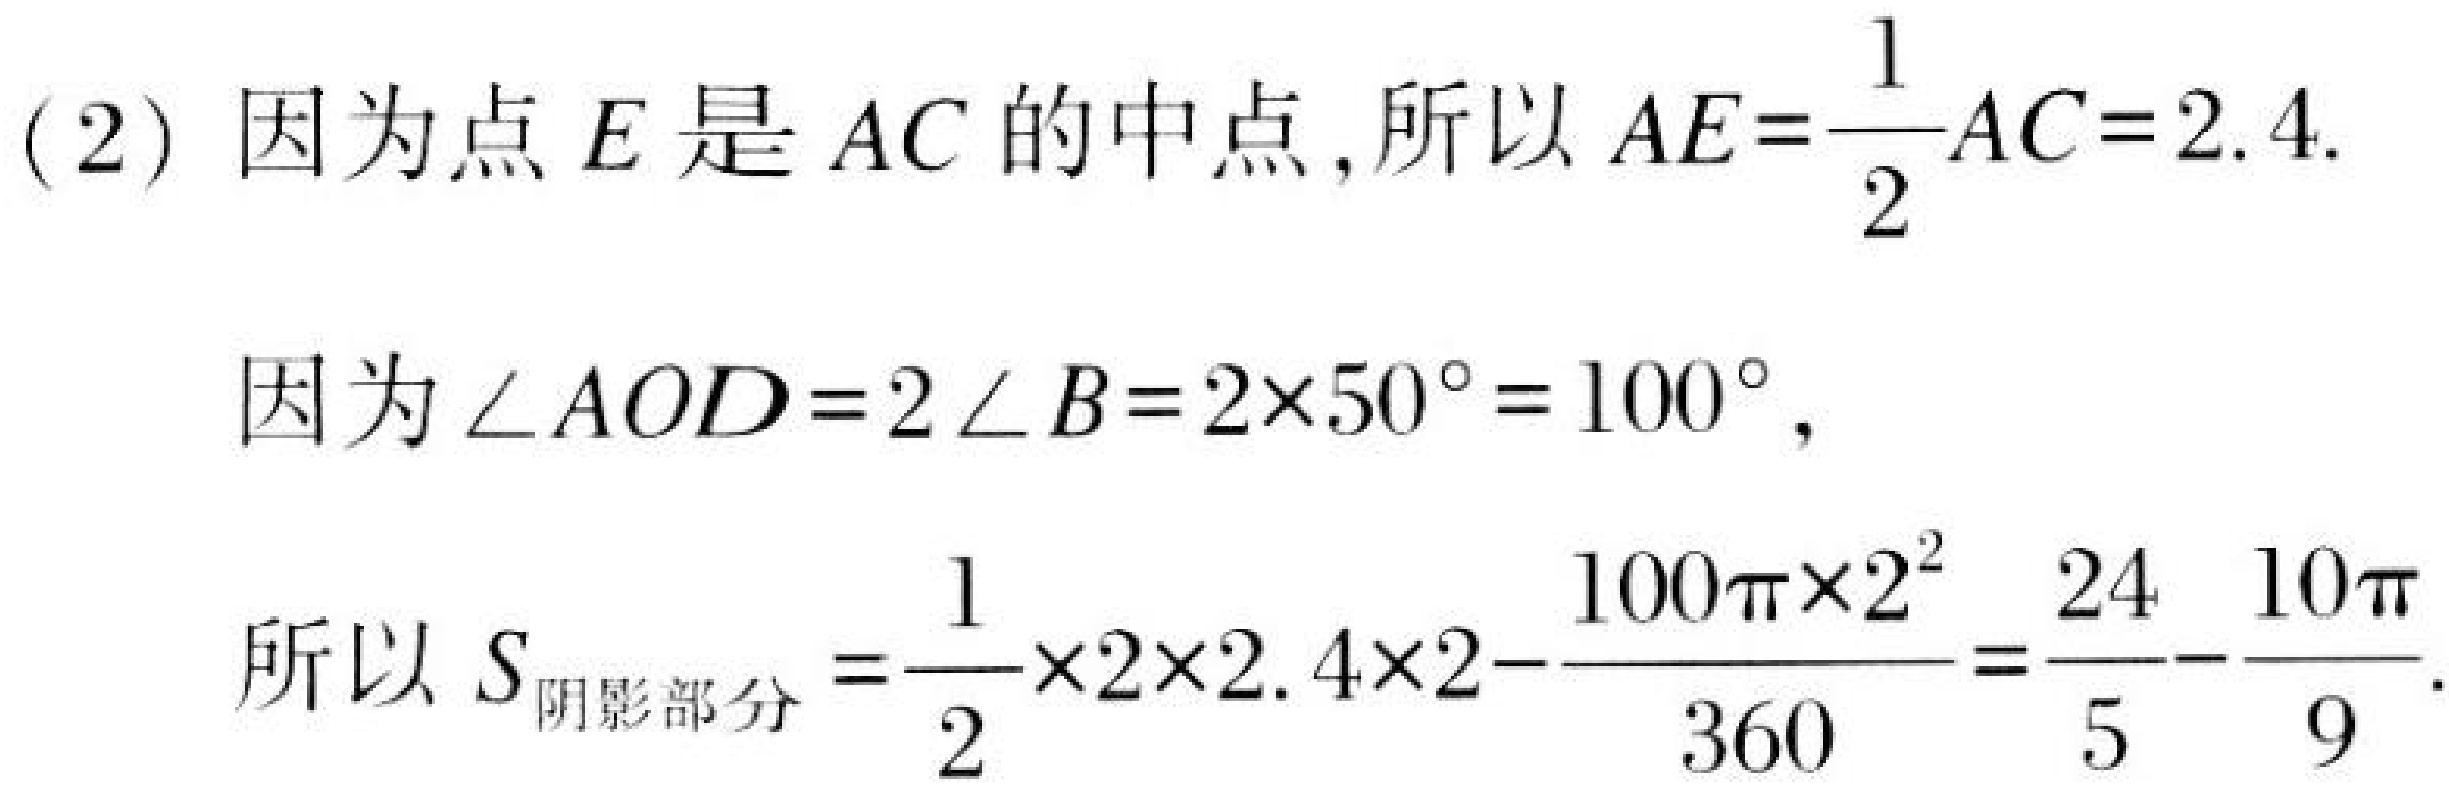
(2) 因为点\(E\)是\(AC\)的中点，所以\(AE = \frac{1}{2}AC = 2.4\).
因为\(\angle AOD = 2\angle B=2\times50^{\circ}=100^{\circ}\)，
所以\(S_{阴影部分}=\frac{1}{2}\times2\times2.4\times2-\frac{100\pi\times2^{2}}{360}=\frac{24}{5}-\frac{10\pi}{9}\).